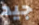
جيد